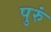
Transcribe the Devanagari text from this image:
पुरुं